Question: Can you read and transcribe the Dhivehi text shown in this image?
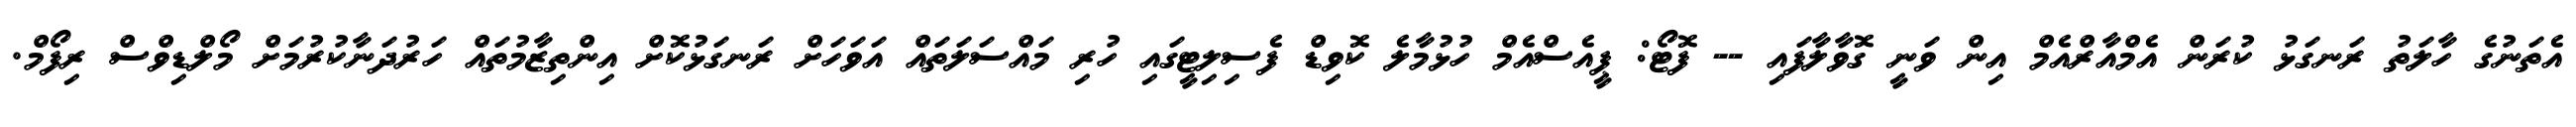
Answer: އެތަނުގެ ހާލަތު ރަނގަޅު ކުރަން އެމްއާރްއެމް އިން ވަނީ ގޮވާލާފައި -- ފޮޓޯ: ޕީއެސްއެމް ހުޅުމާލެ ކޮވިޑް ފެސިލިޓީގައި ހުރި މައްސަލަތައް އަވަހަށް ރަނގަޅުކޮށް އިންތިޒާމުތައް ހަރުދަނާކުރުމަށް މޯލްޑިވްސް ރިފޯމް.